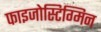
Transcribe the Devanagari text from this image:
फाइजोस्टिग्मिन